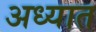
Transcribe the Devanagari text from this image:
अध्यात